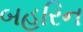
બહરિન